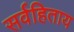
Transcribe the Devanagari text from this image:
सर्वहिताय